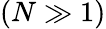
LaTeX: (N\gg 1)